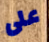
على